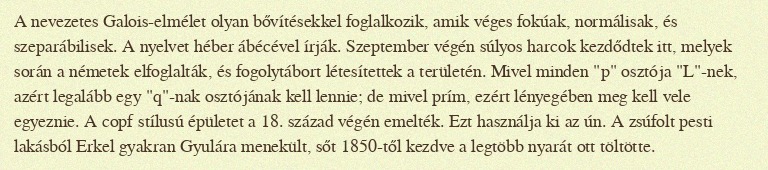
A nevezetes Galois-elmélet olyan bővítésekkel foglalkozik, amik véges fokúak, normálisak, és szeparábilisek. A nyelvet héber ábécével írják. Szeptember végén súlyos harcok kezdődtek itt, melyek során a németek elfoglalták, és fogolytábort létesítettek a területén. Mivel minden "p" osztója "L"-nek, azért legalább egy "q"-nak osztójának kell lennie; de mivel prím, ezért lényegében meg kell vele egyeznie. A copf stílusú épületet a 18. század végén emelték. Ezt használja ki az ún. A zsúfolt pesti lakásból Erkel gyakran Gyulára menekült, sőt 1850-től kezdve a legtöbb nyarát ott töltötte.